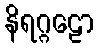
နိရဂ္ဂဠော